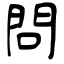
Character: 問